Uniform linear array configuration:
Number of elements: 48
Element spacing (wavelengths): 0.75
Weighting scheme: blackman
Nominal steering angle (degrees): -15
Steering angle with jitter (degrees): -16.639
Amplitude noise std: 0.05
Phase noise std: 0.05

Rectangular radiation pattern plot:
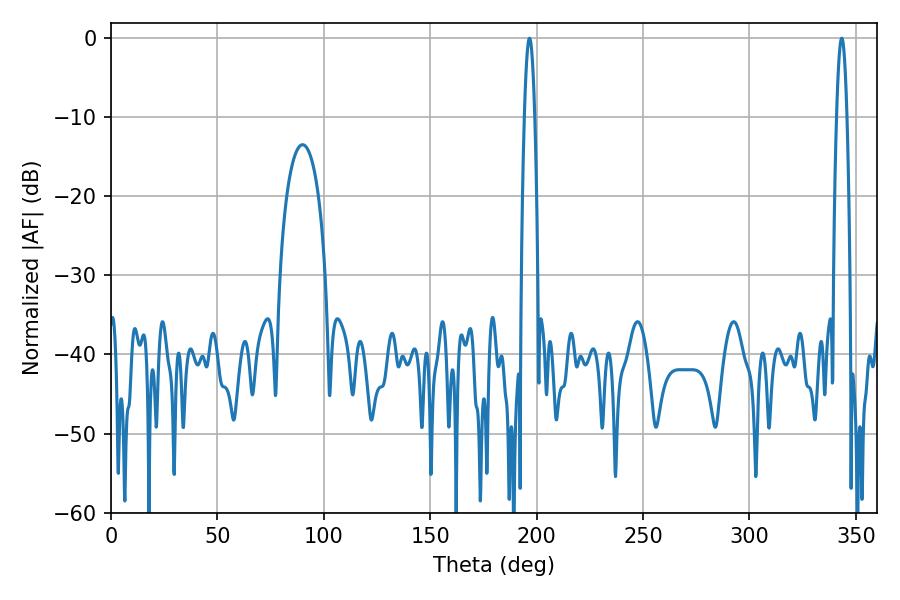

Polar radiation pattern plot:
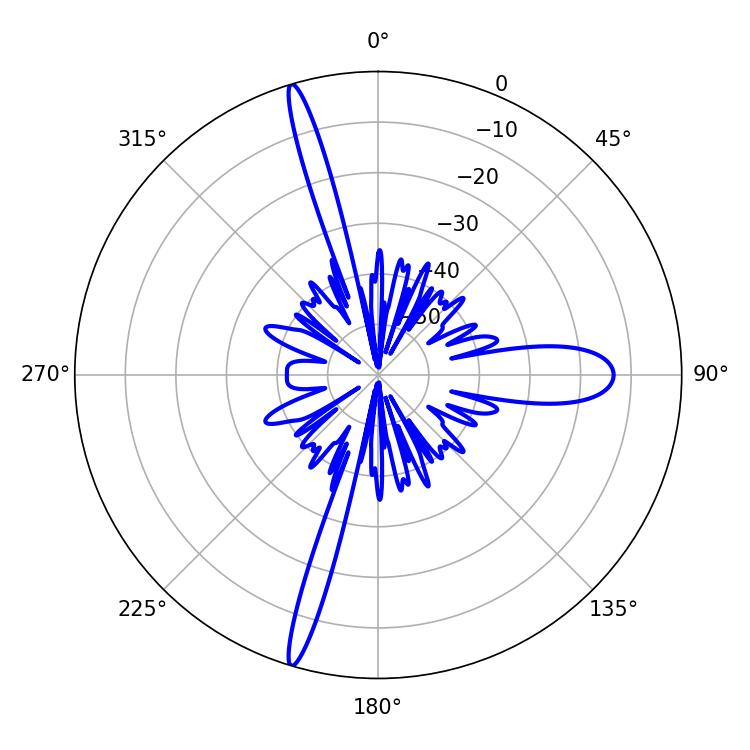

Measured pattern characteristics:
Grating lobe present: TRUE
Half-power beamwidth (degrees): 2.7
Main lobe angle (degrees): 196.56